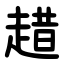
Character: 趞